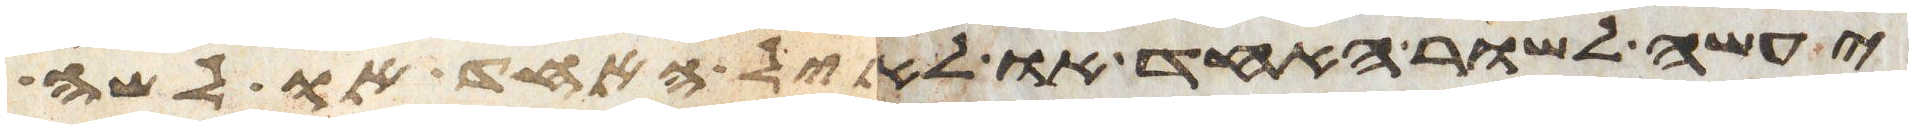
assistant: יעשה לשור האחד או לאיל האחד או לשה